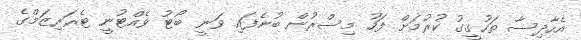
އެހާދިސާ ތަހުގީގު ކުރުމަށް ފަހު މިސްރުން ބުނެފައި ވަނީ ބޯޓު ވެއްޓުނީ ޓެރަރިޒަމްގެ